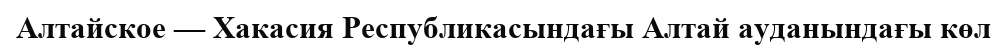
Алтайское — Хакасия Республикасындағы Алтай ауданындағы көл